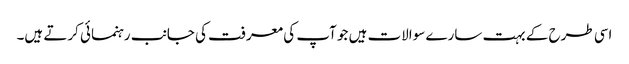
اسی طرح کے بہت سارے سوالات ہیں جو آپ کی معرفت کی جانب رہنمائی کرتے ہیں۔